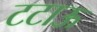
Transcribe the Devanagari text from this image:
टटाऊ